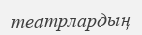
театрлардың